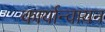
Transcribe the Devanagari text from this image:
कार्यान्वायन